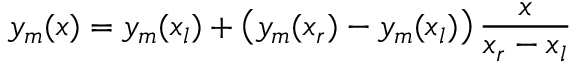
y _ { m } ( x ) = y _ { m } ( x _ { l } ) + \left( y _ { m } ( x _ { r } ) - y _ { m } ( x _ { l } ) \right) \frac { x } { x _ { r } - x _ { l } }